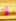
لا